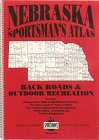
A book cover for Nebraska Sportsman's Atlas: Back Roads and Recreation; David D. Adams; Travel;